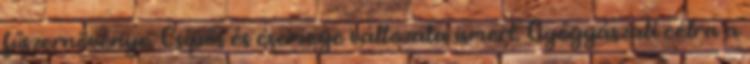
fűszernövénye. Csípős és csemege változata ismert. Gyógyászati célra a